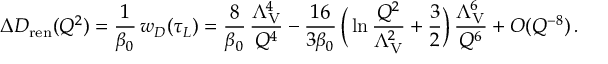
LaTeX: F _ { 1 2 } = - F _ { 2 1 } = \frac { 2 \pi i m } { n - m \theta } .